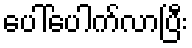
ပေါ်ပေါက်လာပြီး